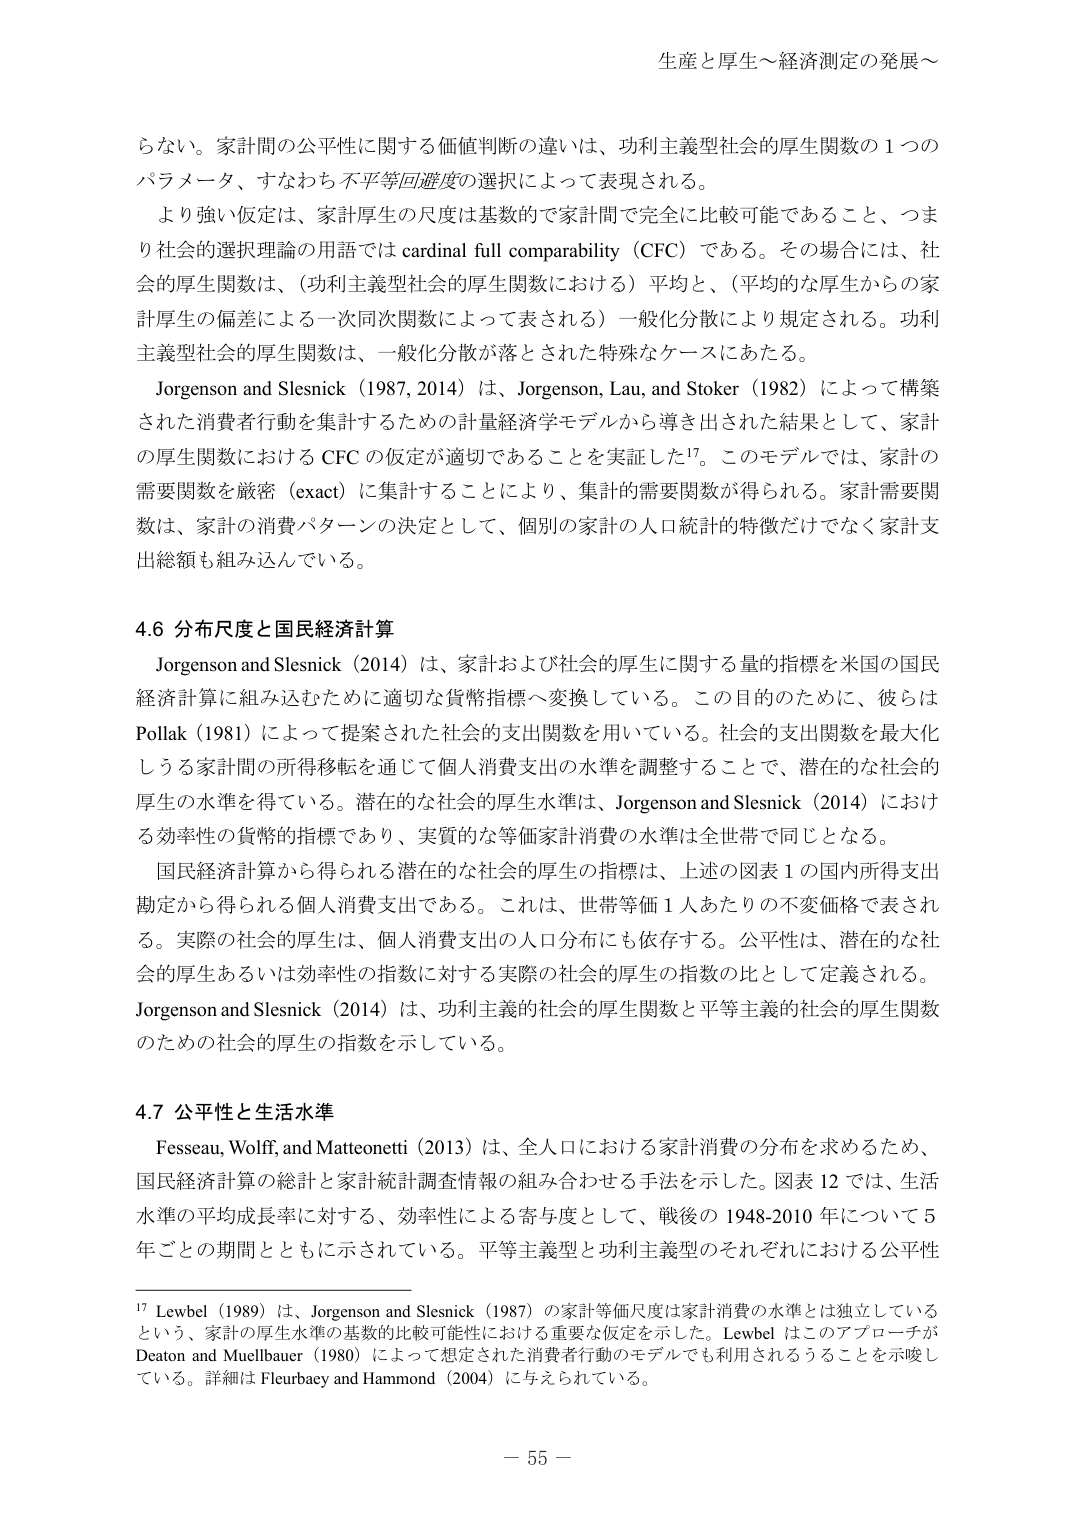
生産と厚生～経済測定の発展～

らない。家計間の公平性に関する価値判断の違いは、功利主義型社会の厚生関数の１つの
パラメータ、すなわち不平等回避度の選択によって表現される。
より強い仮定は、家計厚生の尺度は基数的で家計間で完全に比較可能であること、つまり
社会的選択理論の用語では cardinal full comparability（CFC）である。その場合には、社
会的厚生関数は、（功利主義型社会的厚生関数における）平均と、（平均的な厚生からの家
計厚生の偏差による一次同次関数によって表される）一般化分散により規定される。功利
主義型社会的厚生関数は、一般化分散が落とされた特殊なケースにあたる。
Jorgenson and Slesnick（1987, 2014）は、Jorgenson, Lau, and Stoker（1982）によって構築
された消費者行動を集計するための計量経済学モデルから導き出された結果として、家計
の厚生関数における CFC の仮定が適切であることを実証した17。このモデルでは、家計の
需要関数を厳密（exact）に集計することにより、集計的需要関数が得られる。家計需要関
数は、家計の消費パターンの決定として、個別の家計の人口統計的特徴だけでなく家計支
出総額も組み込んでいる。

4.6 分布尺度と国民経済計算
Jorgenson and Slesnick（2014）は、家計および社会的厚生に関する量的指標を米国の国民
経済計算に組み込むために適切な貨幣指標へ変換している。この目的のために、彼らは
Pollak（1981）によって提案された社会的支出関数を用いている。社会的支出関数を最大化
しうる家計間の所得移転を通じて個人消費支出の水準を調整することで、潜在的な社会的
厚生の水準を得ている。潜在的な社会的厚生水準は、Jorgenson and Slesnick（2014）におけ
る効率性の貨幣的指標であり、実質的な等価家計消費の水準は全世界で同じとなる。
国民経済計算から得られる潜在的な社会的厚生の指標は、上述の図表１の国内所得支出
勘定から得られる個人消費支出である。これは、世帯等価１人あたりの不変価格で表され
る。実際の社会的厚生は、個人消費支出の人口分布にも依存する。公平性は、潜在的な社
会的厚生あるいは効率性の指数に対する実際の社会的厚生の指数の比として定義される。
Jorgenson and Slesnick（2014）は、功利主義的社會的厚生関数と平等主義的社會的厚生関数
のための社会的厚生の指数を示している。

4.7 公平性と生活水準
Fesseau, Wolff, and Matteonetti（2013）は、全人口における家計消費の分布を求めるため、
国民経済計算の総計と家計統計調査情報の組み合わせる手法を示した。図表 12 では、生活
水準の平均成長率に対する、効率性による寄与度として、戦後の 1948-2010 年について 5
年ごとの期間とともに示されている。平等主義型と功利主義型のそれぞれにおける公平性

17 Lewbel（1989）は、Jorgenson and Slesnick（1987）の家計等価尺度は家計消費の水準とは独立している
という、家計の厚生水準の基数的比較可能性における重要な仮定を示した。Lewbel はこのアプローチが
Deaton and Muellbauer（1980）によって想定された消費者行動のモデルでも利用されるうることを示唆し
ている。詳細は Fleurbaey and Hammond（2004）に与えられている。

－ 55 －